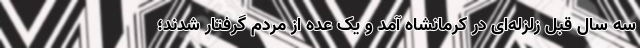
سه سال قبل زلزله‌ای در کرمانشاه آمد و یک عده از مردم گرفتار شدند؛